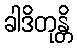
ခါဒိတုန္တိ